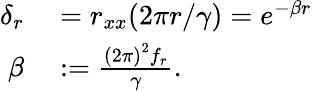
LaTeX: \begin{array}{rl}{\delta_{r}}&{{}=r_{xx}(2\pi r/\gamma)=e^{-\beta r}}\\ {\beta}&{{}:=\frac{\left(2\pi\right)^{2}f_{r}}{\gamma}.}\end{array}